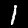
Digit: 1